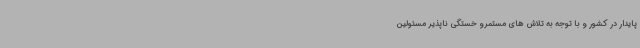
پایدار در کشور و با توجه به تلاش های مستمرو خستگی ناپذیر مسئولین